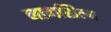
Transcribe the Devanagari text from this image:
नागशिल्प